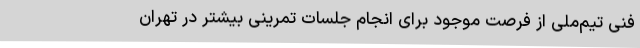
فنی تیم‌ملی از فرصت موجود برای انجام جلسات تمرینی بیشتر در تهران